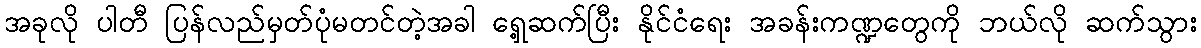
အခုလို ပါတီ ပြန်လည်မှတ်ပုံမတင်တဲ့အခါ ရှေ့ဆက်ပြီး နိုင်ငံရေး အခန်းကဏ္ဍတွေကို ဘယ်လို ဆက်သွား